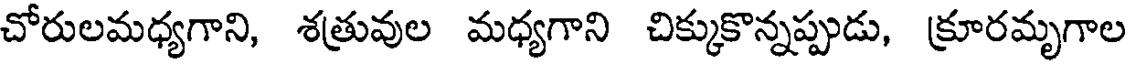
చోరులమధ్యగాని, శత్రువుల మధ్యగాని చిక్కుకొన్నప్పుడు, క్రూరమృగాల